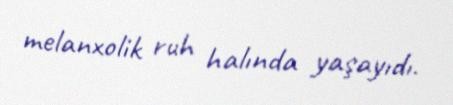
melanxolik ruh halında yaşayıdı.